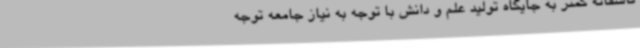
تاسفانه کمتر به جایگاه تولید علم و دانش با توجه به نیاز جامعه توجه